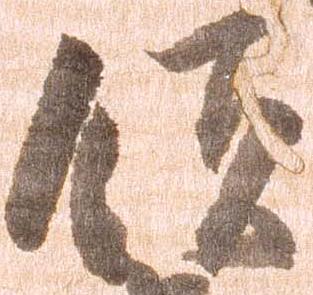
領